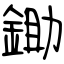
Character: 鋤